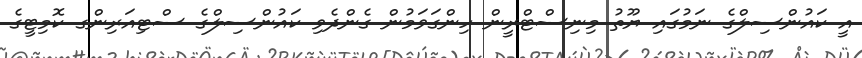
އީ ކައުންސިލްގެ ނަމުގައި ޔޫތު މިނިސްޓްރީން ހިންގަވަމުން ގެންދެވި ކައުންސިލްގެ ސްޓިއަރިންގ ކޮމިޓީގެ